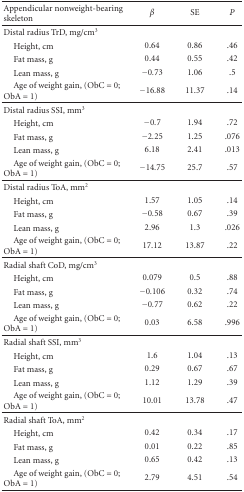
| Appendicular nonweight-bearing skeleton | β | SE | P |
 | --- | --- | --- | --- |
 | Distal radius TrD, mg/cm3 |  |  |  |
 | Height, cm | 0.64 | 0.86 | .46 |
 | Fat mass, g | 0.44 | 0.55 | .42 |
 | Lean mass, g | −0.73 | 1.06 | .5 |
 | Age of weight gain, (ObC = 0; ObA = 1) | −16.88 | 11.37 | .14 |
 | Distal radius SSI, mm3 |  |  |  |
 | Height, cm | −0.7 | 1.94 | .72 |
 | Fat mass, g | −2.25 | 1.25 | .076 |
 | Lean mass, g | 6.18 | 2.41 | .013 |
 | Age of weight gain, (ObC = 0; ObA = 1) | −14.75 | 25.7 | .57 |
 | Distal radius ToA, mm2 |  |  |  |
 | Height, cm | 1.57 | 1.05 | .14 |
 | Fat mass, g | −0.58 | 0.67 | .39 |
 | Lean mass, g | 2.96 | 1.3 | .026 |
 | Age of weight gain, (ObC = 0; ObA = 1) | 17.12 | 13.87 | .22 |
 | Radial shaft CoD, mg/cm3 |  |  |  |
 | Height, cm | 0.079 | 0.5 | .88 |
 | Fat mass, g | −0.106 | 0.32 | .74 |
 | Lean mass, g | −0.77 | 0.62 | .22 |
 | Age of weight gain, (ObC = 0; ObA = 1) | 0.03 | 6.58 | .996 |
 | Radial shaft SSI, mm3 |  |  |  |
 | Height, cm | 1.6 | 1.04 | .13 |
 | Fat mass, g | 0.29 | 0.67 | .67 |
 | Lean mass, g | 1.12 | 1.29 | .39 |
 | Age of weight gain, (ObC = 0; ObA = 1) | 10.01 | 13.78 | .47 |
 | Radial shaft ToA, mm2 |  |  |  |
 | Height, cm | 0.42 | 0.34 | .17 |
 | Fat mass, g | 0.01 | 0.22 | .85 |
 | Lean mass, g | 0.65 | 0.42 | .13 |
 | Age of weight gain, (ObC = 0; ObA = 1) | 2.79 | 4.51 | .54 |